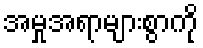
အမှုအရာများစွာကို